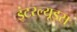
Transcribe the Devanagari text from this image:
इंटरल्यूड्स